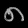
Digit: ၈